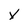
Character: y